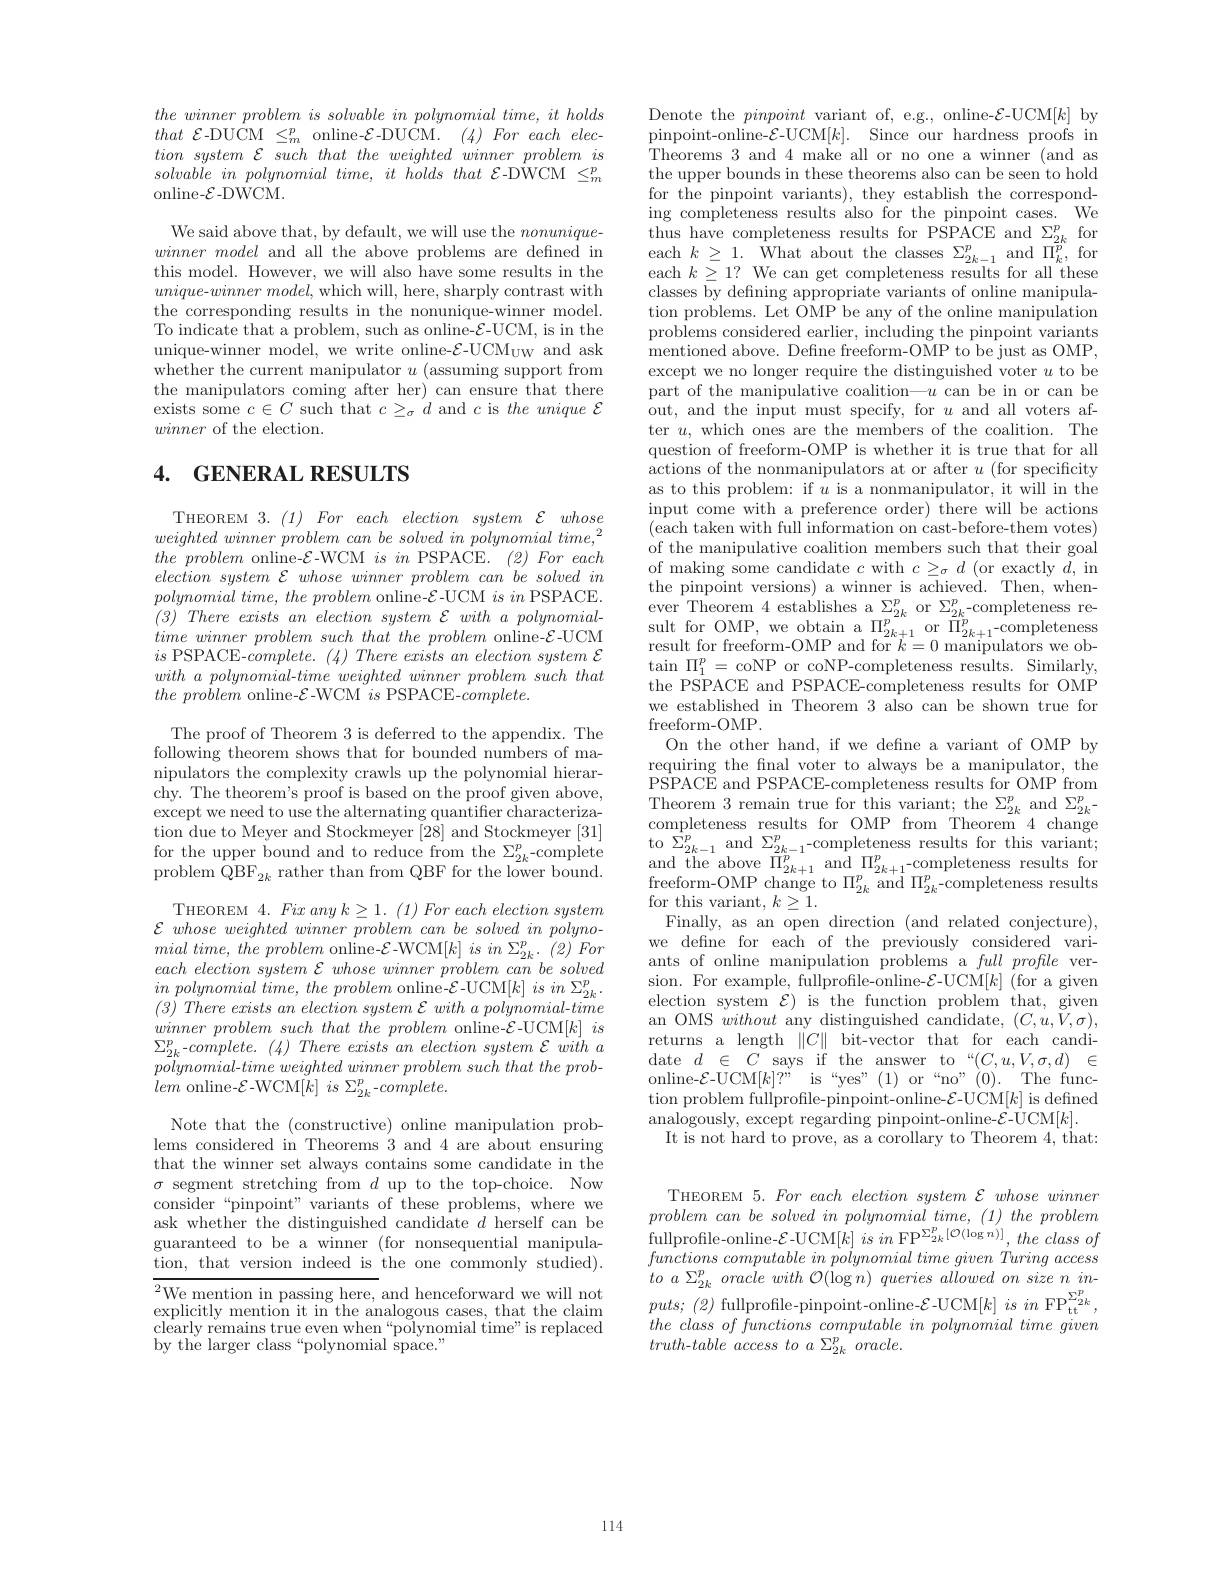
$the\textit{winner problem is solvable in polynomial time, it holds}$ that $\mathcal{E}$-DUCM$\leq_m^p$online-$\mathcal{E}$-DUCM.$(4)For$ each electionsystem $\mathcal{E}$ such that the weighted winner problem $is$ solvable $in$ polynomial $time$, $it$ holds that $\mathcal{E}$-DWCM $\leq_m^p$ online-$\mathcal{E}$-DWCM.

We said above that, by default, we will use the $nonunique-$ winnermodel and all the above problems are defined in this model. However, we will also have some results in the $unique-winner$ $model$, which will, here, sharply contrast with the corresponding results in the nonunique-winner model. To indicate that a problem, such as online-$\mathcal{E}$-UCM, is in the unique-winner model, we write online-$\mathcal{E}$-UCM$_\mathrm{UW}$ and ask whether the current manipulator $u$ (assuming support from the manipulators coming after her) can ensure that there exists some $c\in C$ such that $c\geq_\sigma d$ and $c$ is the unique $\mathcal{E}$ winner of the election.

# 4. GENERAL RESULTS

THEOREM 3.(1) For each election system $\mathcal{E}whose$ weighted winner problem can $be$ solved $in$ polynomial $time, ^2$ the problem online-$\mathcal{E}$-WCM $is$ $in$ PSPACE.$( 2) For$ each election system $\mathcal{E}$ whose winner problem can $be$ solved $in$ $polynomialtime,theproblem$ online-$\mathcal{E}$-UCM isin PSPACE. $( 3) \textit{ There exists an election system }\mathcal{E} \textit{with a polynomial- }$ timewinnerproblemsuchthattheproblem online-$\mathcal{E}$-UCM $is$ PSPACE-$\dot complete.(4)Th$ $withapolynomial-timeweightedwinnerproblemsuchthat$ $the\textit{ problem online- }\mathcal{E}$

The proof of Theorem 3 is deferred to the appendix. The following theorem shows that nipulators the complexity crawls up the polynomial hierar- $\hat{\text{chy. The theorem's proof}}$ except we need to use the al $\begin{array}{ll}\text{tion due to Meyer and Stockmeyer [28] and Stockmeyer[31]}\\\text{for the upper bound and to reduce from the }\Sigma_{2k}^{p}-\mathrm{complete}\end{array}$ problem $\ddot{\mathrm{QBF}}_{2k}$ rath

THEOREM $4.Fixanyk\geq1.(1)Fore$ $\mathcal{E}$ whose weighted winner mial $time$, the problem o $in$ polynomial $time$, the pro (3) There exists $an$ elect $\sum_{2k}^{p}-complete.(4)Ther$ $polynomial- time$ weighted $wi$ lem online-$\mathcal{E}$-WCM$[k]$
Note that the (constructive) lems considered in Theorems that the winner set always c $\sigma$ segment stretching from

consider“pinpoint”variants o ask whether the distinguishe guaranteed to be a winner (f tion, that version indeed is

${^{2}\text{We mention in passing}}$ $\begin{array}{l}\text{explicitly mention it }\end{array}$ by the larger class“polynomi

Denote the pinpoint varian pinpoint-online-$\mathcal{E}$-UCM[ Theorems 3 and 4 make all the upper bounds in these theorems also can be seen to hold for the pinpoint variants), ing completeness results also for the pinpoint cases. We thus have completeness results for PSPACE and $\Sigma _{2k}^{p}$ for each $k\geq 1.$ What about the classes $\Sigma _{2k- 1}^{p}$ and $\Pi _{k}^{p}$, for each $k\geq1?$ We can get compl classes by defining appropriate variants of online manipulation problems. Let OMP be any of the online manipulation problems considered earlier, including the pinpoint variants mentioned above. Define freeform-OMP to be just as OMP, except we no longer require the distinguished voter $u$ to be part of the manipulative coalition—$u$ can be in or can be out, and the input must specify, for $u$ and all voters after $u$, which ones are the members of the coalition. The question of freeform-OMP is whether it is true that for all actions of the nonmanipulators at or after $u$ (for specificity as to this problem: if $u$ is a nonmanipulator, it will in the input come with a preference order) there will be actions (each taken with full information on cast-before-them votes) of the manipulative coalition members such that their goal of making some candidate $c$ with $c\geq_\sigma d$ (or exactly $d$, in the pinpoint versions) a winner is achieved. Then, whenever Theorem 4 establishes a $\Sigma_{2k}^p$ or $\Sigma_{2k}^p$-completeness re- $\begin{array}{ll}\text{sult for OMP, we obtain a }\Pi_{2k+1}^{p}\mathrm{~or~}\Pi_{2k+1}^{p}\mathrm{~-completeness}\\\text{result for freeform-OMP and for }k=0\text{ manipulators we ob-}\end{array}$ $\tan\Pi_{1}^{p}=$coNP or coNP-completeness results. Similarly, the PSPACE and PSPACE-completeness results for OMP we established in Theorem 3 also can be shown true for freeform-OMP.
On the other hand, if we defne a variant of OMP by requiring the fnal voter to always be a manipulator, the PSPACE and PSPACE-completeness results for OMP from Theorem 3 remain true for this variant; the $\Sigma _{2k}^p$ and $\Sigma _{2k}^p$- completeness results for OMP from Theorem 4 change to $\Sigma _{2k- 1}^p$ and $\Sigma _{2k- 1}^p$ and $\Sigma _{2k- 1}^p$ - completeness results for this variant; and the above $\Pi _{2k+ 1}^p$ an Finally, as an open direction (and related conjecture), we define for each of the previously considered variants of online manipulation $\hat{\text{problems a }full}profle$ version. For example, fullprofile-online-$\mathcal{E}$-UCM$[k]$ (for a given election system $\mathcal{E})$ is the function problem that, given an OMS without any distinguished candidate, $(C,u,\tilde{V},\sigma)$, returns a length $\|C\|$ bit-vector that for each candi- $\begin{array}{ll}{\mathrm{date~}d\in C\:\mathrm{says~if~the~answer~to~“}(C,u,V,\sigma,d)\in}\\{\mathrm{online-}\mathcal{E}\text{-UCM}[k]?”\:\mathrm{is~“yes"(1)~or~“no"(0).~The~func-}}\end{array}$ tion problem fullprofile-pinpoint-online-$\mathcal{E}$-UCM$[k]$ is defined $\begin{array}{c}{\mathrm{analogously,~except~regarding~pinpoint-online-}\mathcal{E}-\mathrm{UCM}[k].}\\{\mathrm{analogously,~except~regarding~pinpoint-online-}\mathcal{E}-\mathrm{UCM}[k].}\end{array}$
It is not hard to prove, as a corollary to Theorem 4, that:

THEOREM $5.Foreachelectionsystem{\mathcal E}whosewinner$ problem can be solved in polynomial time, (1) the problem fullprofile- online- $\mathcal{E}$- UCM$[ k]$ $is$ $in$ $\mathrm{FP}^{\Sigma _{2k}^{p}[ \mathcal{O} ( \log n) ] }$, the class $of$ functions computable $in$ polynomial time given Turing access $toa\Sigma_{2k}^{p}oraclewith~\mathcal{O}(\log n)~queries~allowed~on~size~n~in-$ $puts; ( 2)$ fullprofile- pinpoint- online- ${\mathcal{E} }$- UCM$[ k]$ $is$ $in$ $\mathrm{FP}_{\mathrm{tt}}^{\Sigma _{2k}^{p}}$, the class $of$ functions computable $in$ polynomial time given $truth-table access to a \Sigma_{}$

114